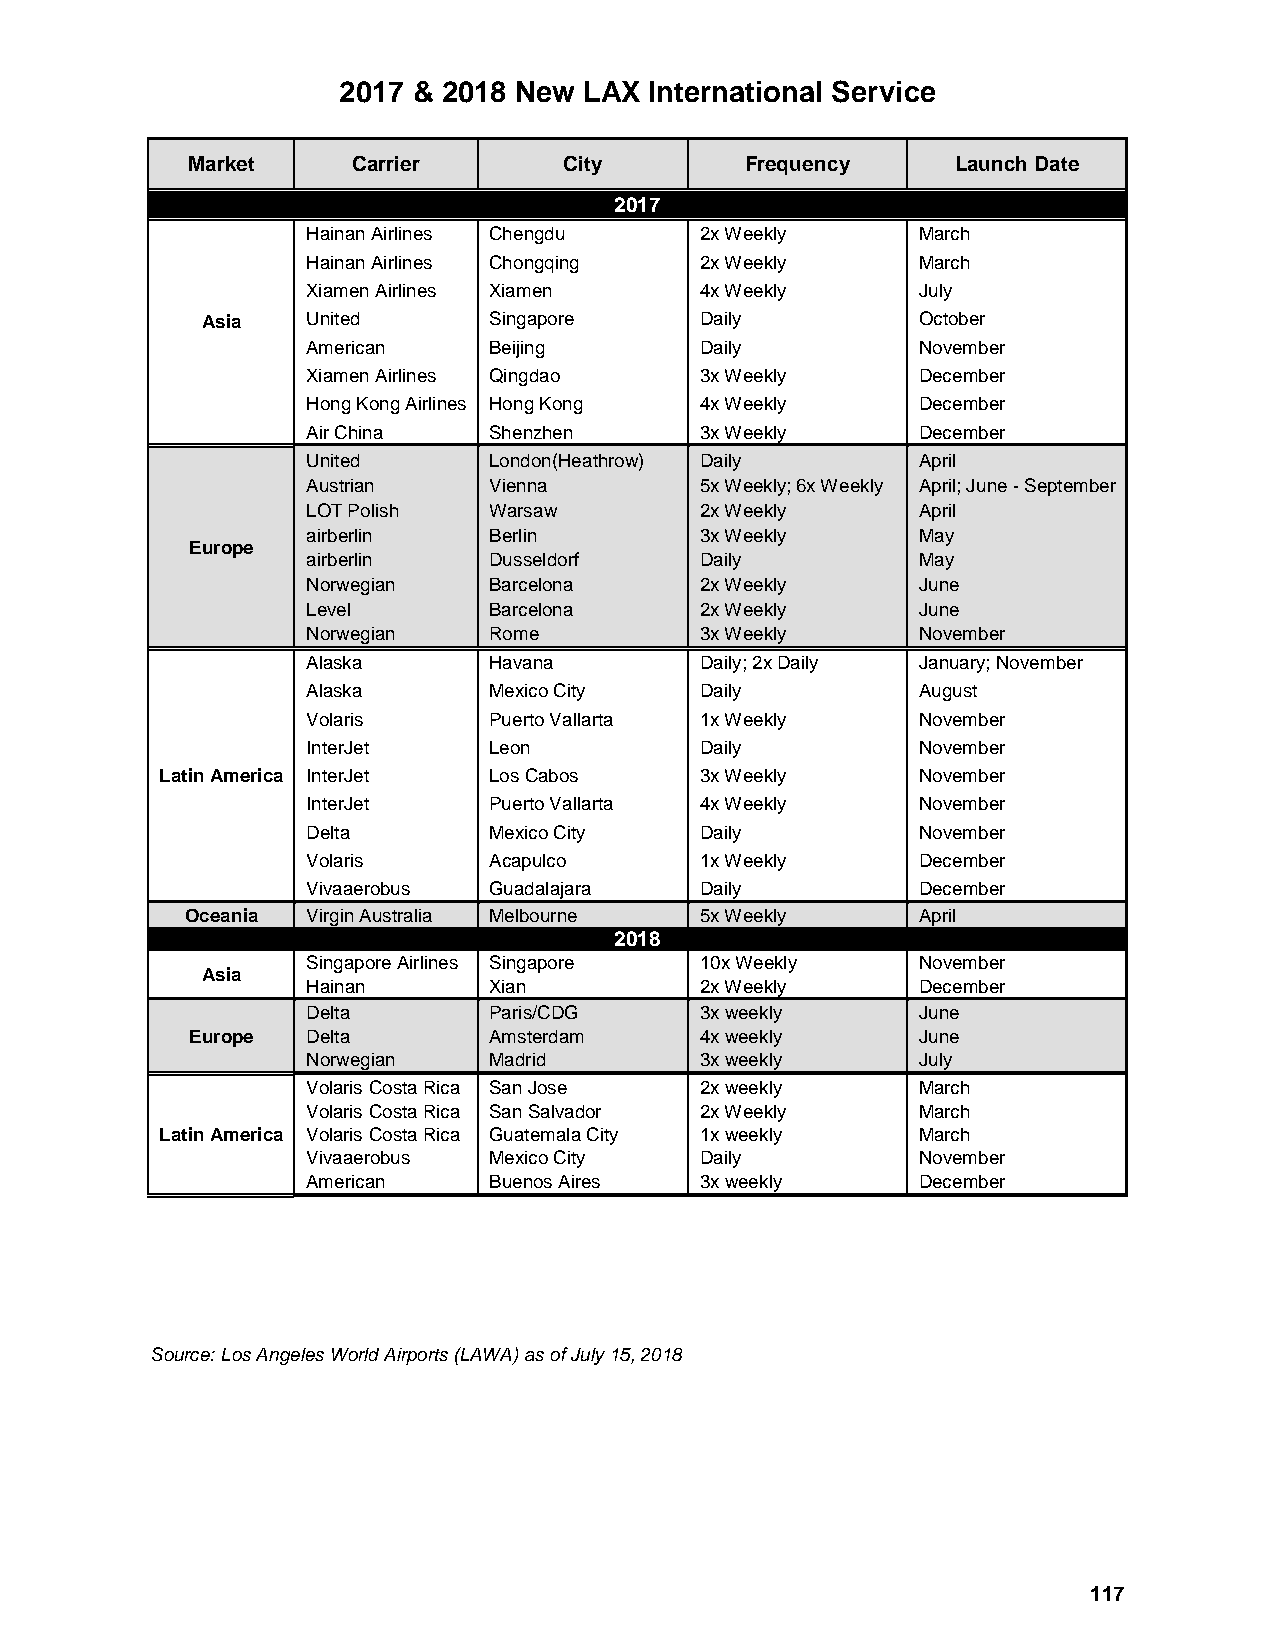
2017 & 2018 New  LAX International Service
 Market     Carrier       City        Frequency     Launch Date
 2017
 Hainan Airlines Chengdu   2x Weekly      March
 Hainan Airlines Chongqing 2x Weekly      March
 Xiamen Airlines Xiamen    4x Weekly      July
 Asia   United      Singapore     Daily          October
 American    Beijing       Daily          November
 Xiamen Airlines Qingdao   3x Weekly      December
 Hong Kong Airlines Hong Kong 4x Weekly   December
 Air China   Shenzhen      3x Weekly      December
 United      London(Heathrow) Daily       April
 Austrian    Vienna        5x Weekly; 6x Weekly April; June - September
 LOT Polish  Warsaw        2x Weekly      April
 airberlin   Berlin        3x Weekly      May
 Europe
 airberlin   Dusseldorf    Daily          May
 Norwegian   Barcelona     2x Weekly      June
 Level       Barcelona     2x Weekly      June
 Norwegian   Rome          3x Weekly      November
 Alaska      Havana        Daily; 2x Daily January; November
 Alaska      Mexico City   Daily          August
 Volaris     Puerto Vallarta 1x Weekly    November
 InterJet    Leon          Daily          November
 Latin America InterJet Los Cabos   3x Weekly      November
 InterJet    Puerto Vallarta 4x Weekly    November
 Delta       Mexico City   Daily          November
 Volaris     Acapulco      1x Weekly      December
 Vivaaerobus Guadalajara   Daily          December
 Oceania Virgin Australia Melbourne 5x Weekly     April
 2018
 Singapore Airlines Singapore 10x Weekly  November
 Asia
 Hainan      Xian          2x Weekly      December
 Delta       Paris/CDG     3x weekly      June
 Europe Delta       Amsterdam     4x weekly      June
 Norwegian   Madrid        3x weekly      July
 Volaris Costa Rica San Jose 2x weekly    March
 Volaris Costa Rica San Salvador 2x Weekly March
 Latin America Volaris Costa Rica Guatemala City 1x weekly March
 Vivaaerobus Mexico City   Daily          November
 American    Buenos Aires  3x weekly      December
 Source:Los Angeles World Airports (LAWA) as of July 15, 2018
 117